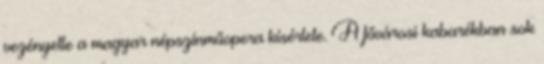
vezényelte a magyar népszínműopera kísérlete. A fővárosi kabarékban sok